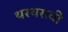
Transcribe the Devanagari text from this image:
थरथरावी